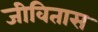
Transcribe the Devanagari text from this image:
जीवितास